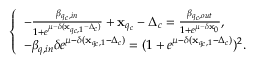
\left\{ \begin{array} { l l } { - \frac { \beta _ { q _ { c } , i n } } { 1 + e ^ { \mu - \delta ( \mathbf { x } _ { q _ { c } , 1 } - \Delta _ { c } ) } } + \mathbf { x } _ { q _ { c } } - \Delta _ { c } = \frac { \beta _ { q _ { c } , o u t } } { 1 + e ^ { \mu - \delta \mathbf { x } _ { 0 } } } , } \\ { - \beta _ { q , i n } \delta e ^ { \mu - \delta ( \mathbf { x } _ { q _ { c } , 1 } - \Delta _ { c } ) } = ( 1 + e ^ { \mu - \delta ( \mathbf { x } _ { q _ { c } , 1 } - \Delta _ { c } ) } ) ^ { 2 } . } \end{array} \right.